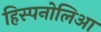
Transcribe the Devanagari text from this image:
हिस्पनोलिआ